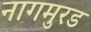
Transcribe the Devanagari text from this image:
नागमुरड